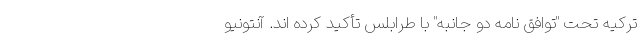
ترکیه تحت "توافق نامه دو جانبه" با طرابلس تأکید کرده اند. آنتونیو